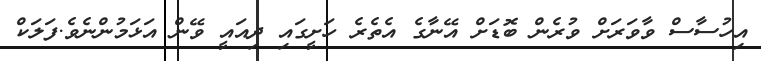
އިހުސާސް ވާވަރަށް ވުރެން ބޮޑަށް އޭނާގެ އެތެރެ ހަށީގައި ދިއައީ ވޭން އަޅަމުންނެވެ.ފަލަކް